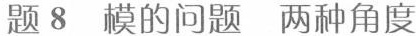
题8 模的问题 两种角度